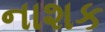
નાશક